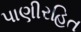
પાણીરહિત